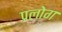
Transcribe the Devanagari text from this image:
प्रलोग